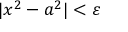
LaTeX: | x ^ { 2 } - a ^ { 2 } | < \varepsilon